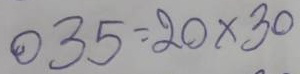
035 = 20 x 30